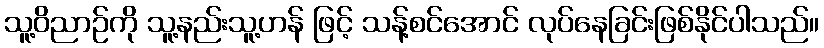
သူ့ဝိညာဉ်ကို သူ့နည်းသူ့ဟန် ဖြင့် သန့်စင်အောင် လုပ်နေခြင်းဖြစ်နိုင်ပါသည်။